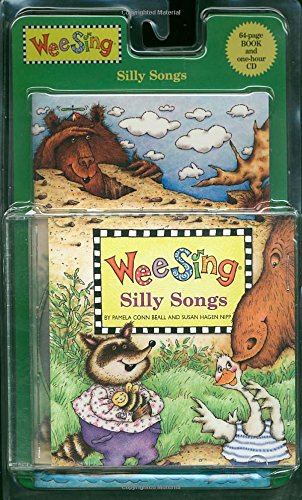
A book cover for Wee Sing Silly Songs (Book & CD); Pamela Conn Beall; Humor & Entertainment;